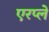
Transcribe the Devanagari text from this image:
एरप्ले